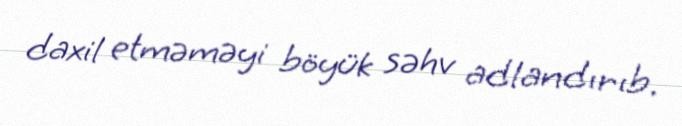
daxil etməməyi böyük səhv adlandırıb.